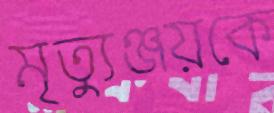
মৃত্যুঞ্জয়কে